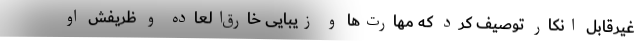
غیرقابل انکار توصیف کرد که مهارت‌ها و زیبایی خارق‌العاده و ظریفش او